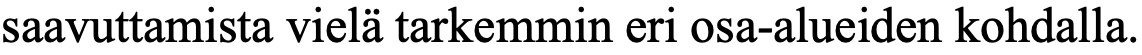
saavuttamista vielä tarkemmin eri osa-alueiden kohdalla.